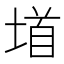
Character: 𫮐